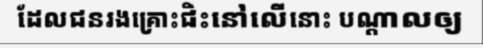
ដែលជនរងគ្រោះជិះនៅលើនោះ បណ្តាលឲ្យ